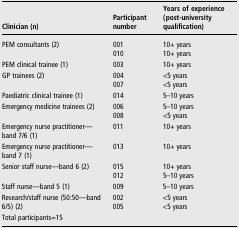
| Clinician (n) | Participant number | Years of experience (post-university qualification) |
 | --- | --- | --- |
 | <ROWSPAN=2> PEM consultants (2) | 001 | 10+ years |
 | 010 | 10+ years |
 | PEM clinical trainee (1) | 003 | 10+ years |
 | <ROWSPAN=2> GP trainees (2) | 004 | <5 years |
 | 007 | <5 years |
 | Paediatric clinical trainee (1) | 014 | 5–10 years |
 | <ROWSPAN=2> Emergency medicine trainees (2) | 006 | 5–10 years |
 | 008 | <5 years |
 | Emergency nurse practitioner—band 7/6 (1) | 011 | 10+ years |
 | Emergency nurse practitioner—band 7 (1) | 013 | 10+ years |
 | <ROWSPAN=2> Senior staff nurse—band 6 (2) | 015 | 10+ years |
 | 012 | 5–10 years |
 | Staff nurse—band 5 (1) | 009 | 5–10 years |
 | <ROWSPAN=2> Research/staff nurse (50:50—band 6/5) (2) | 002 | <5 years |
 | 005 | <5 years |
 | <COLSPAN=3> Total participants=15 |